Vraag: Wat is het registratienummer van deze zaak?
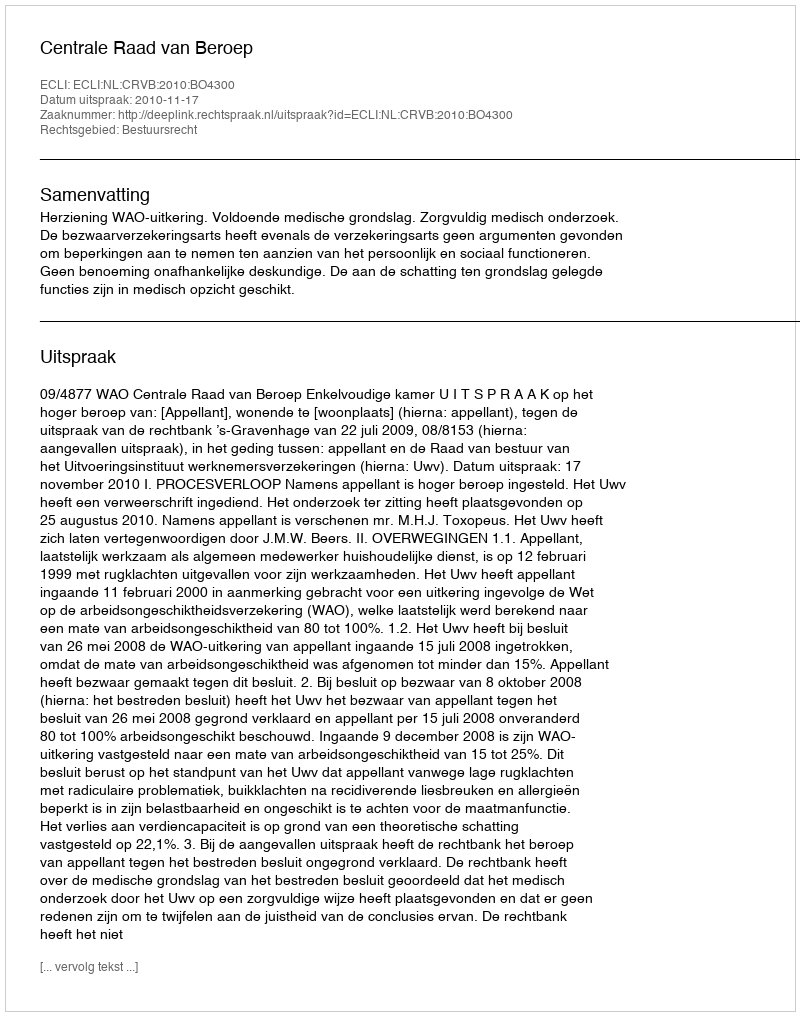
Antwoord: http://deeplink.rechtspraak.nl/uitspraak?id=ECLI:NL:CRVB:2010:BO4300